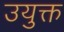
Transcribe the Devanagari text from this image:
उयुक्त